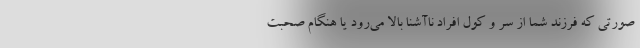
صورتی که فرزند شما از سر و کول افراد ناآشنا بالا می‌رود یا هنگام صحبت